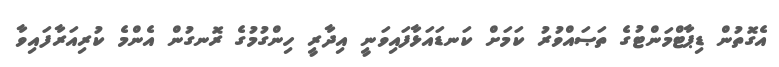
އެގޮތުން ޑިޕާޓްމަންޓުގެ ތަޞައްވުރު ކަމަށް ކަނޑައަޅާފައިވަނީ އިދާރީ ހިންގުމުގެ ރޮނގުން އެންމެ ކުރިއަރާފައިވާ